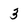
Character: 3